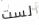
لست